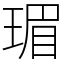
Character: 瑂